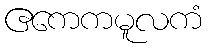
ဧကေကမူလကံ